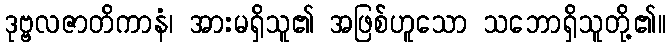
ဒုဗ္ဗလဇာတိကာနံ၊ အားမရှိသူ၏ အဖြစ်ဟူသော သဘောရှိသူတို့၏။